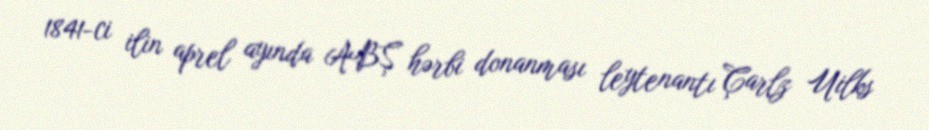
1841-ci ilin aprel ayında ABŞ hərbi donanması leytenantı Çarlz Uilks